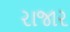
રાજાર